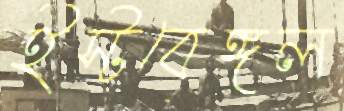
ইস্টবেঙ্গল